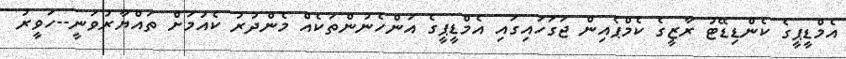
އެމްޑީޕީގެ ކެންޑިޑޭޓު ރާޒީގެ ކެމްޕެއިން ޖަގަހައިގައި އެމްޑީޕީގެ އަންހެނުންތަކެއް މެންދުރު ކެެއުމަށް ތައްޔާރުވަނީ--ހަވީރު